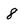
Character: 8